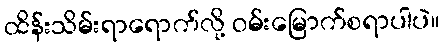
ထိန်းသိမ်းရာရောက်လို့ ဝမ်းမြောက်စရာပါပဲ။